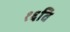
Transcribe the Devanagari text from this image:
१६वि